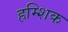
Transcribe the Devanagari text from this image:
हम्शिक